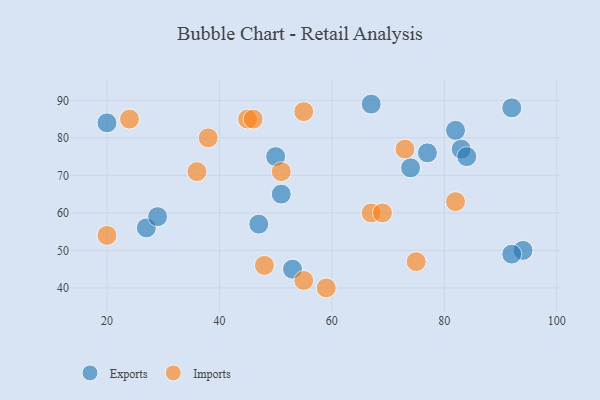
{"axis": {"x": "GDP", "y": "Life Expectancy"}, "legend": ["Exports", "Imports"], "data": [{"x": "74", "y": 72, "type": "Exports"}, {"x": "47", "y": 57, "type": "Exports"}, {"x": "27", "y": 56, "type": "Exports"}, {"x": "53", "y": 45, "type": "Exports"}, {"x": "83", "y": 77, "type": "Exports"}, {"x": "51", "y": 65, "type": "Exports"}, {"x": "67", "y": 89, "type": "Exports"}, {"x": "50", "y": 75, "type": "Exports"}, {"x": "92", "y": 88, "type": "Exports"}, {"x": "94", "y": 50, "type": "Exports"}, {"x": "77", "y": 76, "type": "Exports"}, {"x": "29", "y": 59, "type": "Exports"}, {"x": "20", "y": 84, "type": "Exports"}, {"x": "82", "y": 82, "type": "Exports"}, {"x": "84", "y": 75, "type": "Exports"}, {"x": "92", "y": 49, "type": "Exports"}, {"x": "67", "y": 60, "type": "Imports"}, {"x": "45", "y": 85, "type": "Imports"}, {"x": "55", "y": 87, "type": "Imports"}, {"x": "51", "y": 71, "type": "Imports"}, {"x": "55", "y": 42, "type": "Imports"}, {"x": "82", "y": 63, "type": "Imports"}, {"x": "38", "y": 80, "type": "Imports"}, {"x": "73", "y": 77, "type": "Imports"}, {"x": "75", "y": 47, "type": "Imports"}, {"x": "36", "y": 71, "type": "Imports"}, {"x": "20", "y": 54, "type": "Imports"}, {"x": "59", "y": 40, "type": "Imports"}, {"x": "24", "y": 85, "type": "Imports"}, {"x": "48", "y": 46, "type": "Imports"}, {"x": "46", "y": 85, "type": "Imports"}, {"x": "69", "y": 60, "type": "Imports"}]}